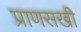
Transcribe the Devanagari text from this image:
प्राणसखी